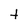
Character: t